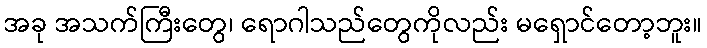
အခု အသက်ကြီးတွေ၊ ရောဂါသည်တွေကိုလည်း မရှောင်တော့ဘူး။